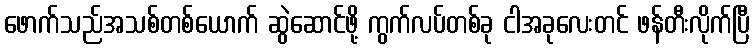
ဖောက်သည်အသစ်တစ်ယောက် ဆွဲဆောင်ဖို့ ကွက်လပ်တစ်ခု ငါအခုလေးတင် ဖန်တီးလိုက်ပြီ